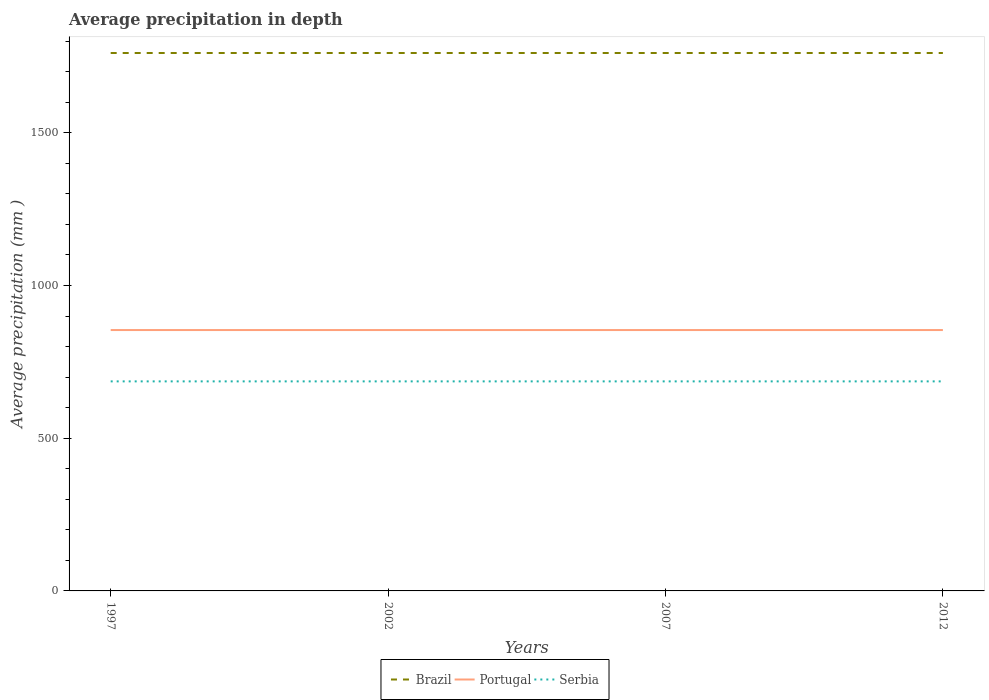
| Years | Brazil | Portugal | Serbia |
 | --- | --- | --- | --- |
 | 1997 | 1.76e+03 | 854 | 686 |
 | 2002 | 1.76e+03 | 854 | 686 |
 | 2007 | 1.76e+03 | 854 | 686 |
 | 2012 | 1.76e+03 | 854 | 686 |